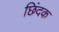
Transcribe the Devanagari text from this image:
छिंदक